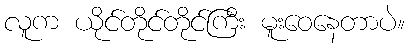
လူက ယိုင်တိုင်တိုင်ကြီး မူးဝေနေတာပဲ။